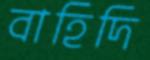
বাহিদি